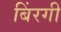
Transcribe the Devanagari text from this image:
बिंरगी